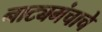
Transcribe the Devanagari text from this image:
नाट्यमंचाचे